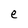
Character: e